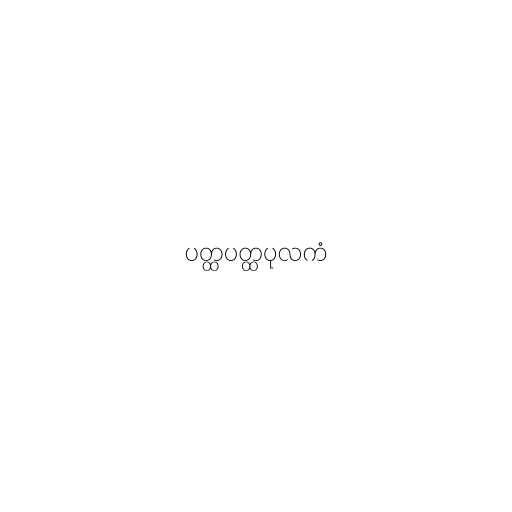
ပတ္ထပတ္ထပုလကံ